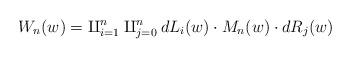
LaTeX: \begin{align*}W_{n}(w)=\amalg_{i=1}^n \amalg_{j=0}^n dL_{i}(w)\cdot M_{n}(w)\cdot dR_{j}(w)\end{align*}